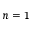
n = 1